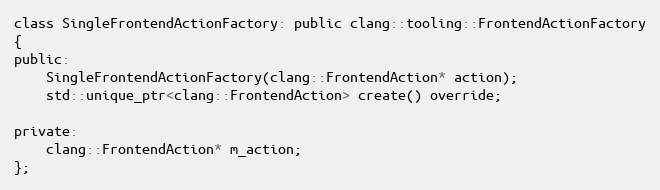
Language: C
class SingleFrontendActionFactory: public clang::tooling::FrontendActionFactory
{
public:
	SingleFrontendActionFactory(clang::FrontendAction* action);
	std::unique_ptr<clang::FrontendAction> create() override;

private:
	clang::FrontendAction* m_action;
};